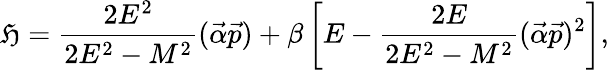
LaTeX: {\cal\mathfrak{H}}=\frac{{2E^{2}}}{{2E^{2}-M^{2}}}(\vec{{\alpha}}\vec{{p}})+\beta\left[E-\frac{{2E}}{{2E^{2}-M^{2}}}(\vec{{\alpha}}\vec{{p}})^{2}\right],